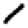
Digit: 1